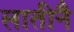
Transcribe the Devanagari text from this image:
लातीनै